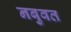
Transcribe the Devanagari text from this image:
नबुवत